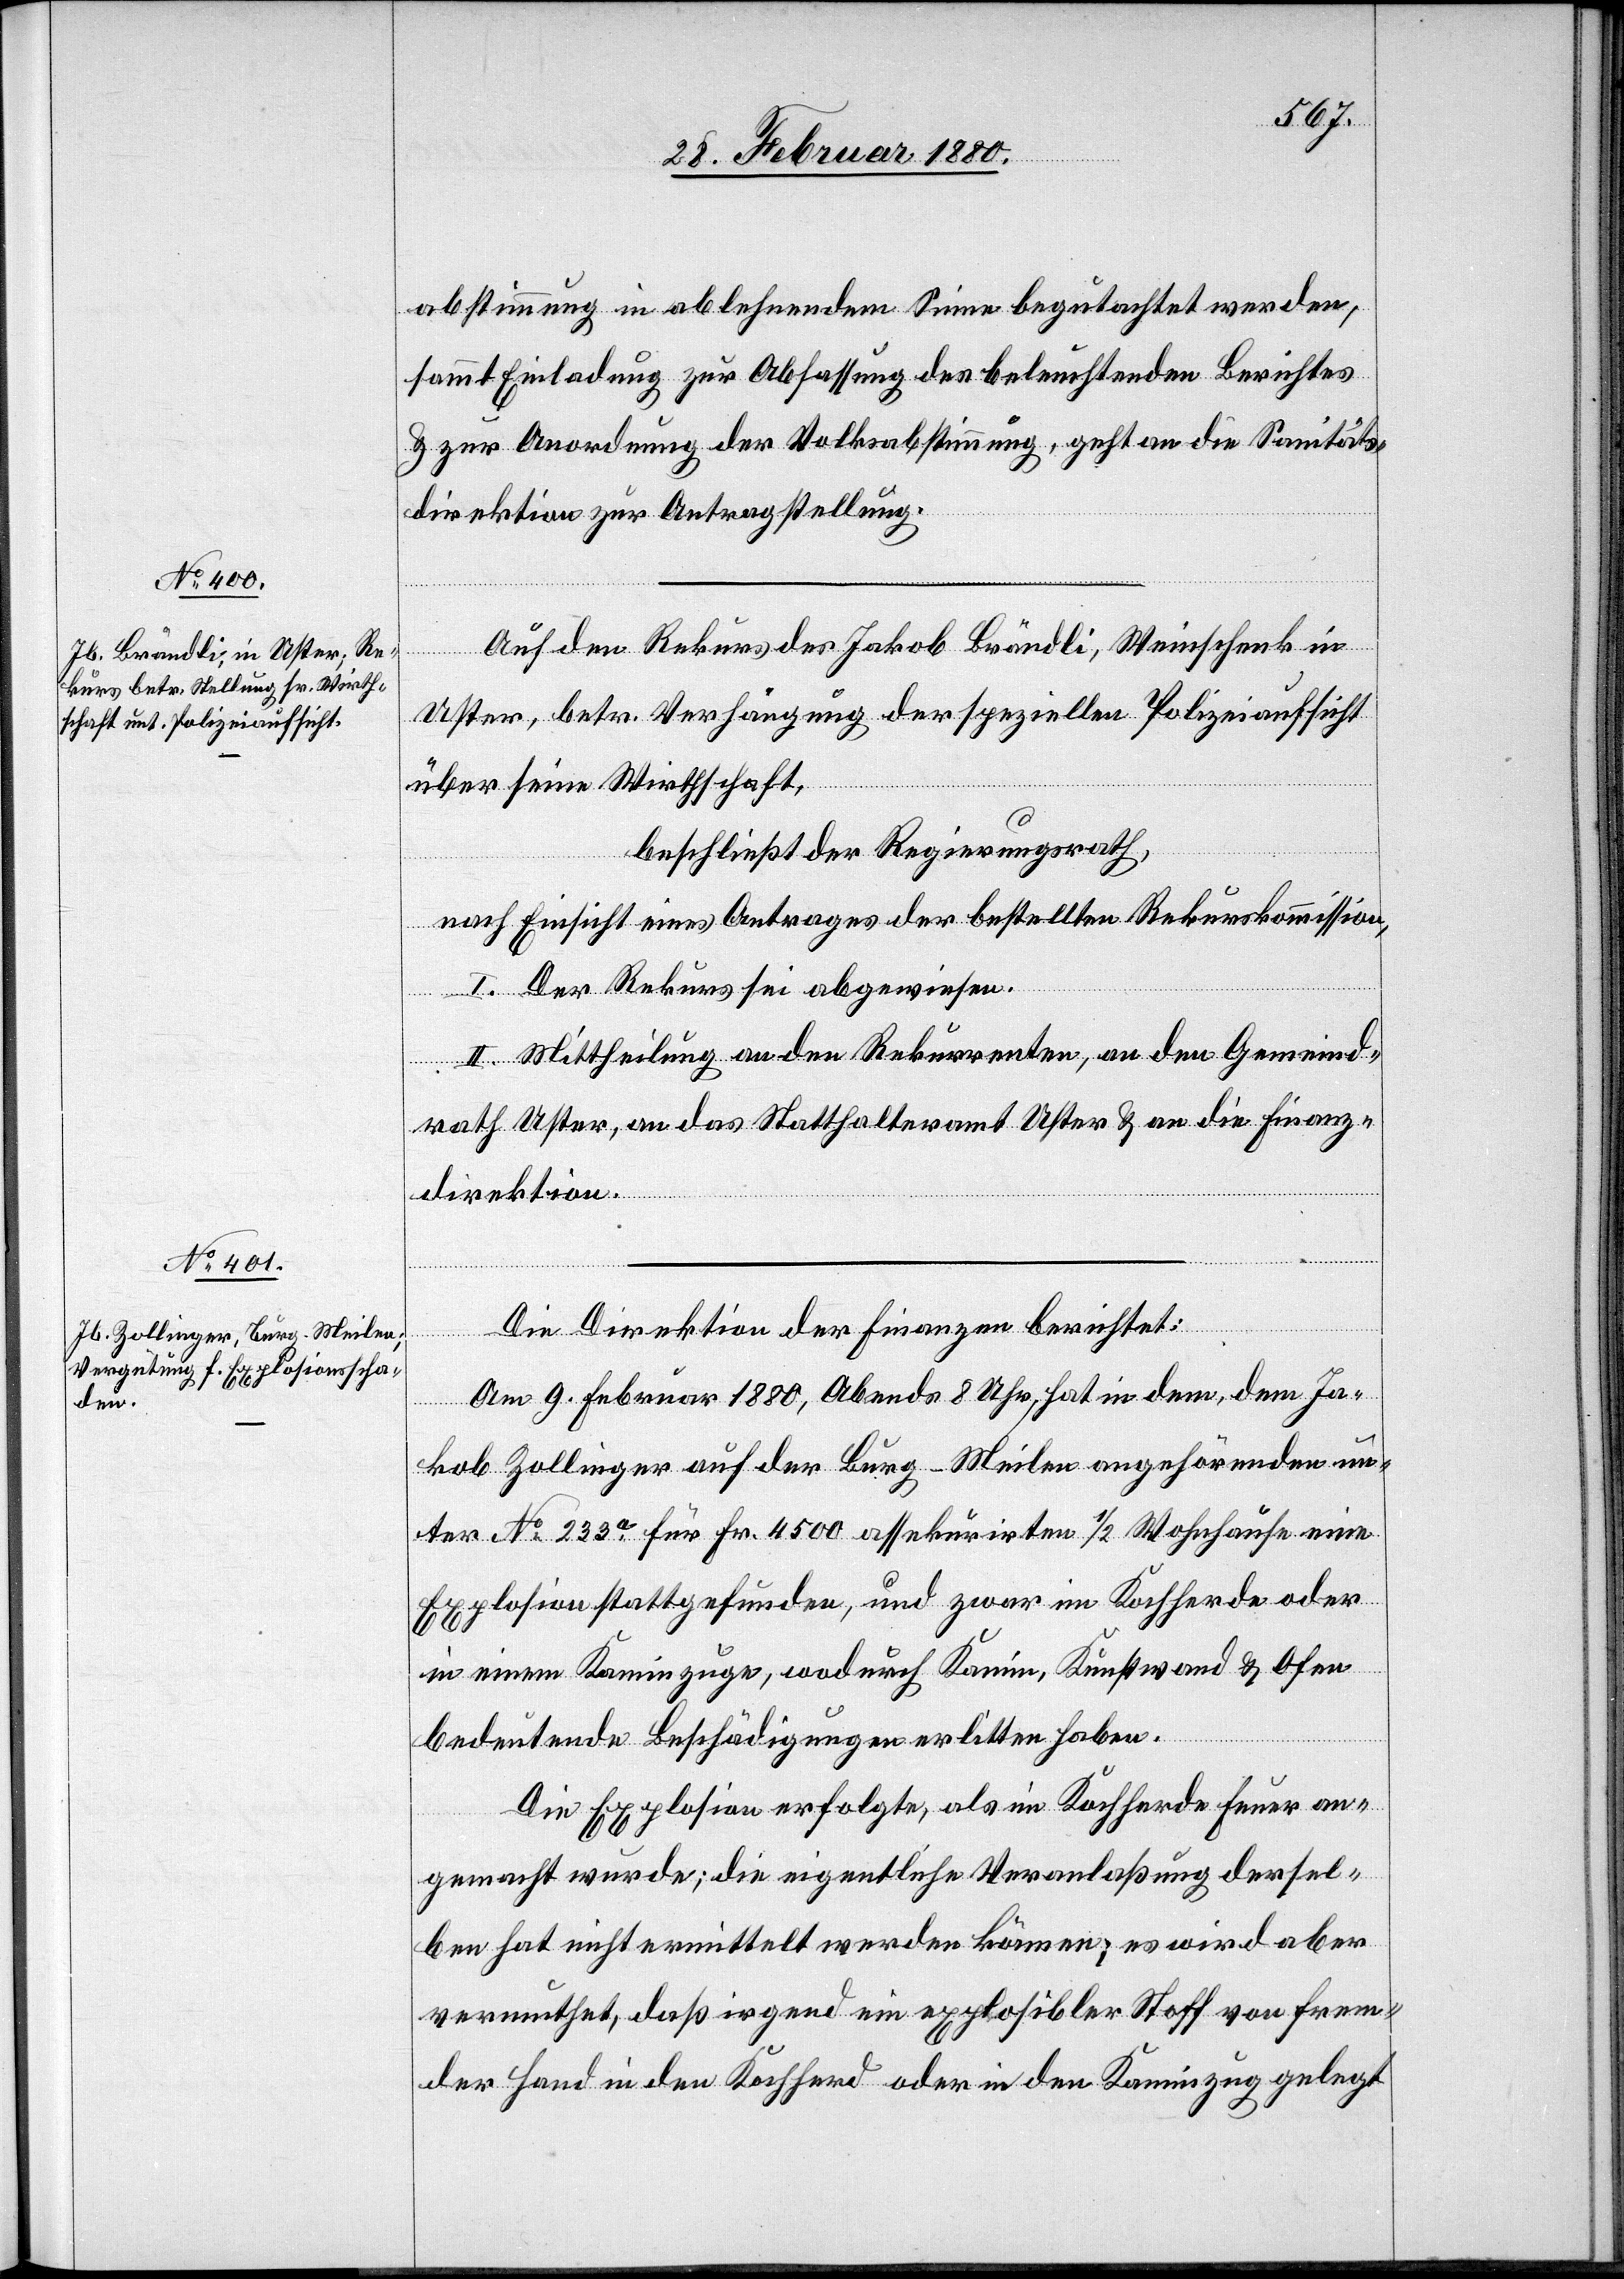
abstimmung in ablehnendem Sinne begutachtet werden,
sammt Einladung zur Abfassung des beleuchtenden Berichtes
& zur Anordnung der Volksabstimmung, geht an die Sanitäts¬
direktion zur Antragstellung.
Auf den Rekurs des Jakob Brändli, Weinschenk in
Uster, betr. Verhängung der speziellen Polizeiaufsicht
über seine Wirthschaft,
beschließt der Regierungsrath,
nach Einsicht eines Antrages der bestellten Rekurskommission,
I. Der Rekurs sei abgewiesen.
II. Mittheilung an den Rekurrenten, an den Gemeind¬
rath Uster, an das Statthalteramt Uster & an die Finanz¬
direktion.
Die Direktion der Finanzen berichtet:
Am 9. Februar 1880, Abends 8 Uhr, hat in dem, dem Ja¬
kob Zollinger auf der Burg - Meilen angehörenden un¬
ter No 233a für Fr. 4500 assekurirten 1/2 Wohnhause eine
Explosion stattgefunden, und zwar im Kochherde oder
in einem Kaminzuge, wodurch Kamin, Kunstwand & Ofen
bedeutende Beschädigungen erlitten haben.
Die Explosion erfolgte, als im Kochherde Feuer an¬
gemacht wurde; die eigentliche Veranlaßung dersel¬
ben hat nicht ermittelt werden können; es wird aber
vermuthet, daß irgend ein explosibler Stoff von frem¬
der Hand in den Kochherd oder in den Kaminzug gelegt